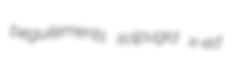
beguilements solpugid x-ed